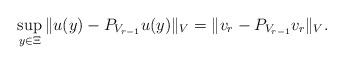
LaTeX: \begin{align*}\sup_{y\in \Xi}\Vert u(y)-P_{V_{r-1}} u(y) \Vert_V = \Vert v_r - P_{V_{r-1}} v_r \Vert_V.\end{align*}